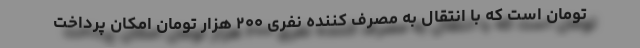
تومان است که با انتقال به مصرف کننده نفری ۲۰۰ هزار تومان امکان پرداخت